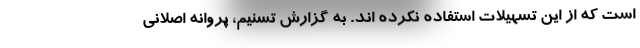
است که از این تسهیلات استفاده نکرده اند. به گزارش تسنیم، پروانه اصلانی